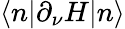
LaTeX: \langle n|\partial_{\nu}H|n\rangle